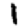
Digit: 1